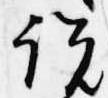
説